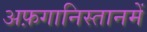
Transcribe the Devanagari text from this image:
अफ़गानिस्तानमें